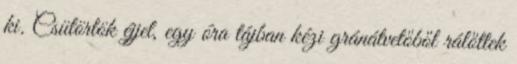
ki. Csütörtök éjjel, egy óra tájban kézi gránátvetőből rálőttek